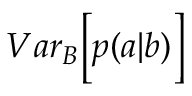
{ V a r } _ { B } \Big [ p ( a | b ) \Big ]